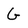
Character: G